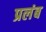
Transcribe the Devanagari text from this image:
प्रलंब